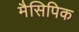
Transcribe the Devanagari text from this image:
मैसिपिक